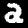
Label: 2